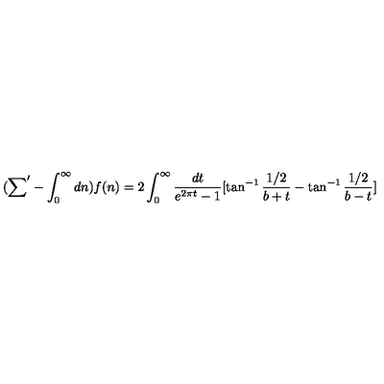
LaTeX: ( { \sum } ^ { \prime } - \int _ { 0 } ^ { \infty } d n ) f ( n ) = 2 \int _ { 0 } ^ { \infty } \frac { d t } { e ^ { 2 \pi t } - 1 } [ \tan ^ { - 1 } \frac { 1 / 2 } { b + t } - \tan ^ { - 1 } \frac { 1 / 2 } { b - t } ]